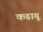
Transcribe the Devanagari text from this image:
कडायू